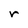
Character: r